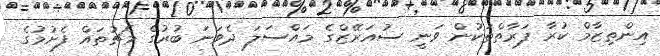
އިންތިޒާމް ކުރާ ފަރާތްތަކުން ވަނީ ސުއަރޭޒްގެ މައްސަލަ ދެވަނަ ބުރުގެ މެޗުތައް ފެށުމުގެ